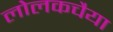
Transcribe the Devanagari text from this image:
लोलकचैया